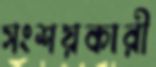
সংশয়কারী